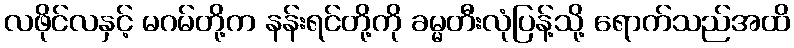
လဖိုင်လနှင့် မဂမ်တို့က နန်းရင်တို့ကို ခမ္မတီးလုံပြန့်သို့ ရောက်သည်အထိ